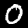
Label: 0